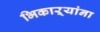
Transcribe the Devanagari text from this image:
भिकाऱ्यांना